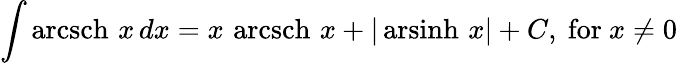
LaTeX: \int\operatorname{arcsch}\, x\, dx=x\, \operatorname{arcsch}\, x+\vert\operatorname{arsinh}\, x\vert+C,{\mathrm{~for~}}x\neq 0